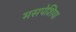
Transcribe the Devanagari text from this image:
मसपेशिया